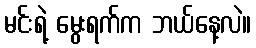
မင်းရဲ့ မွေးရက်က ဘယ်နေ့လဲ။